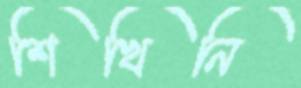
শিখিনি